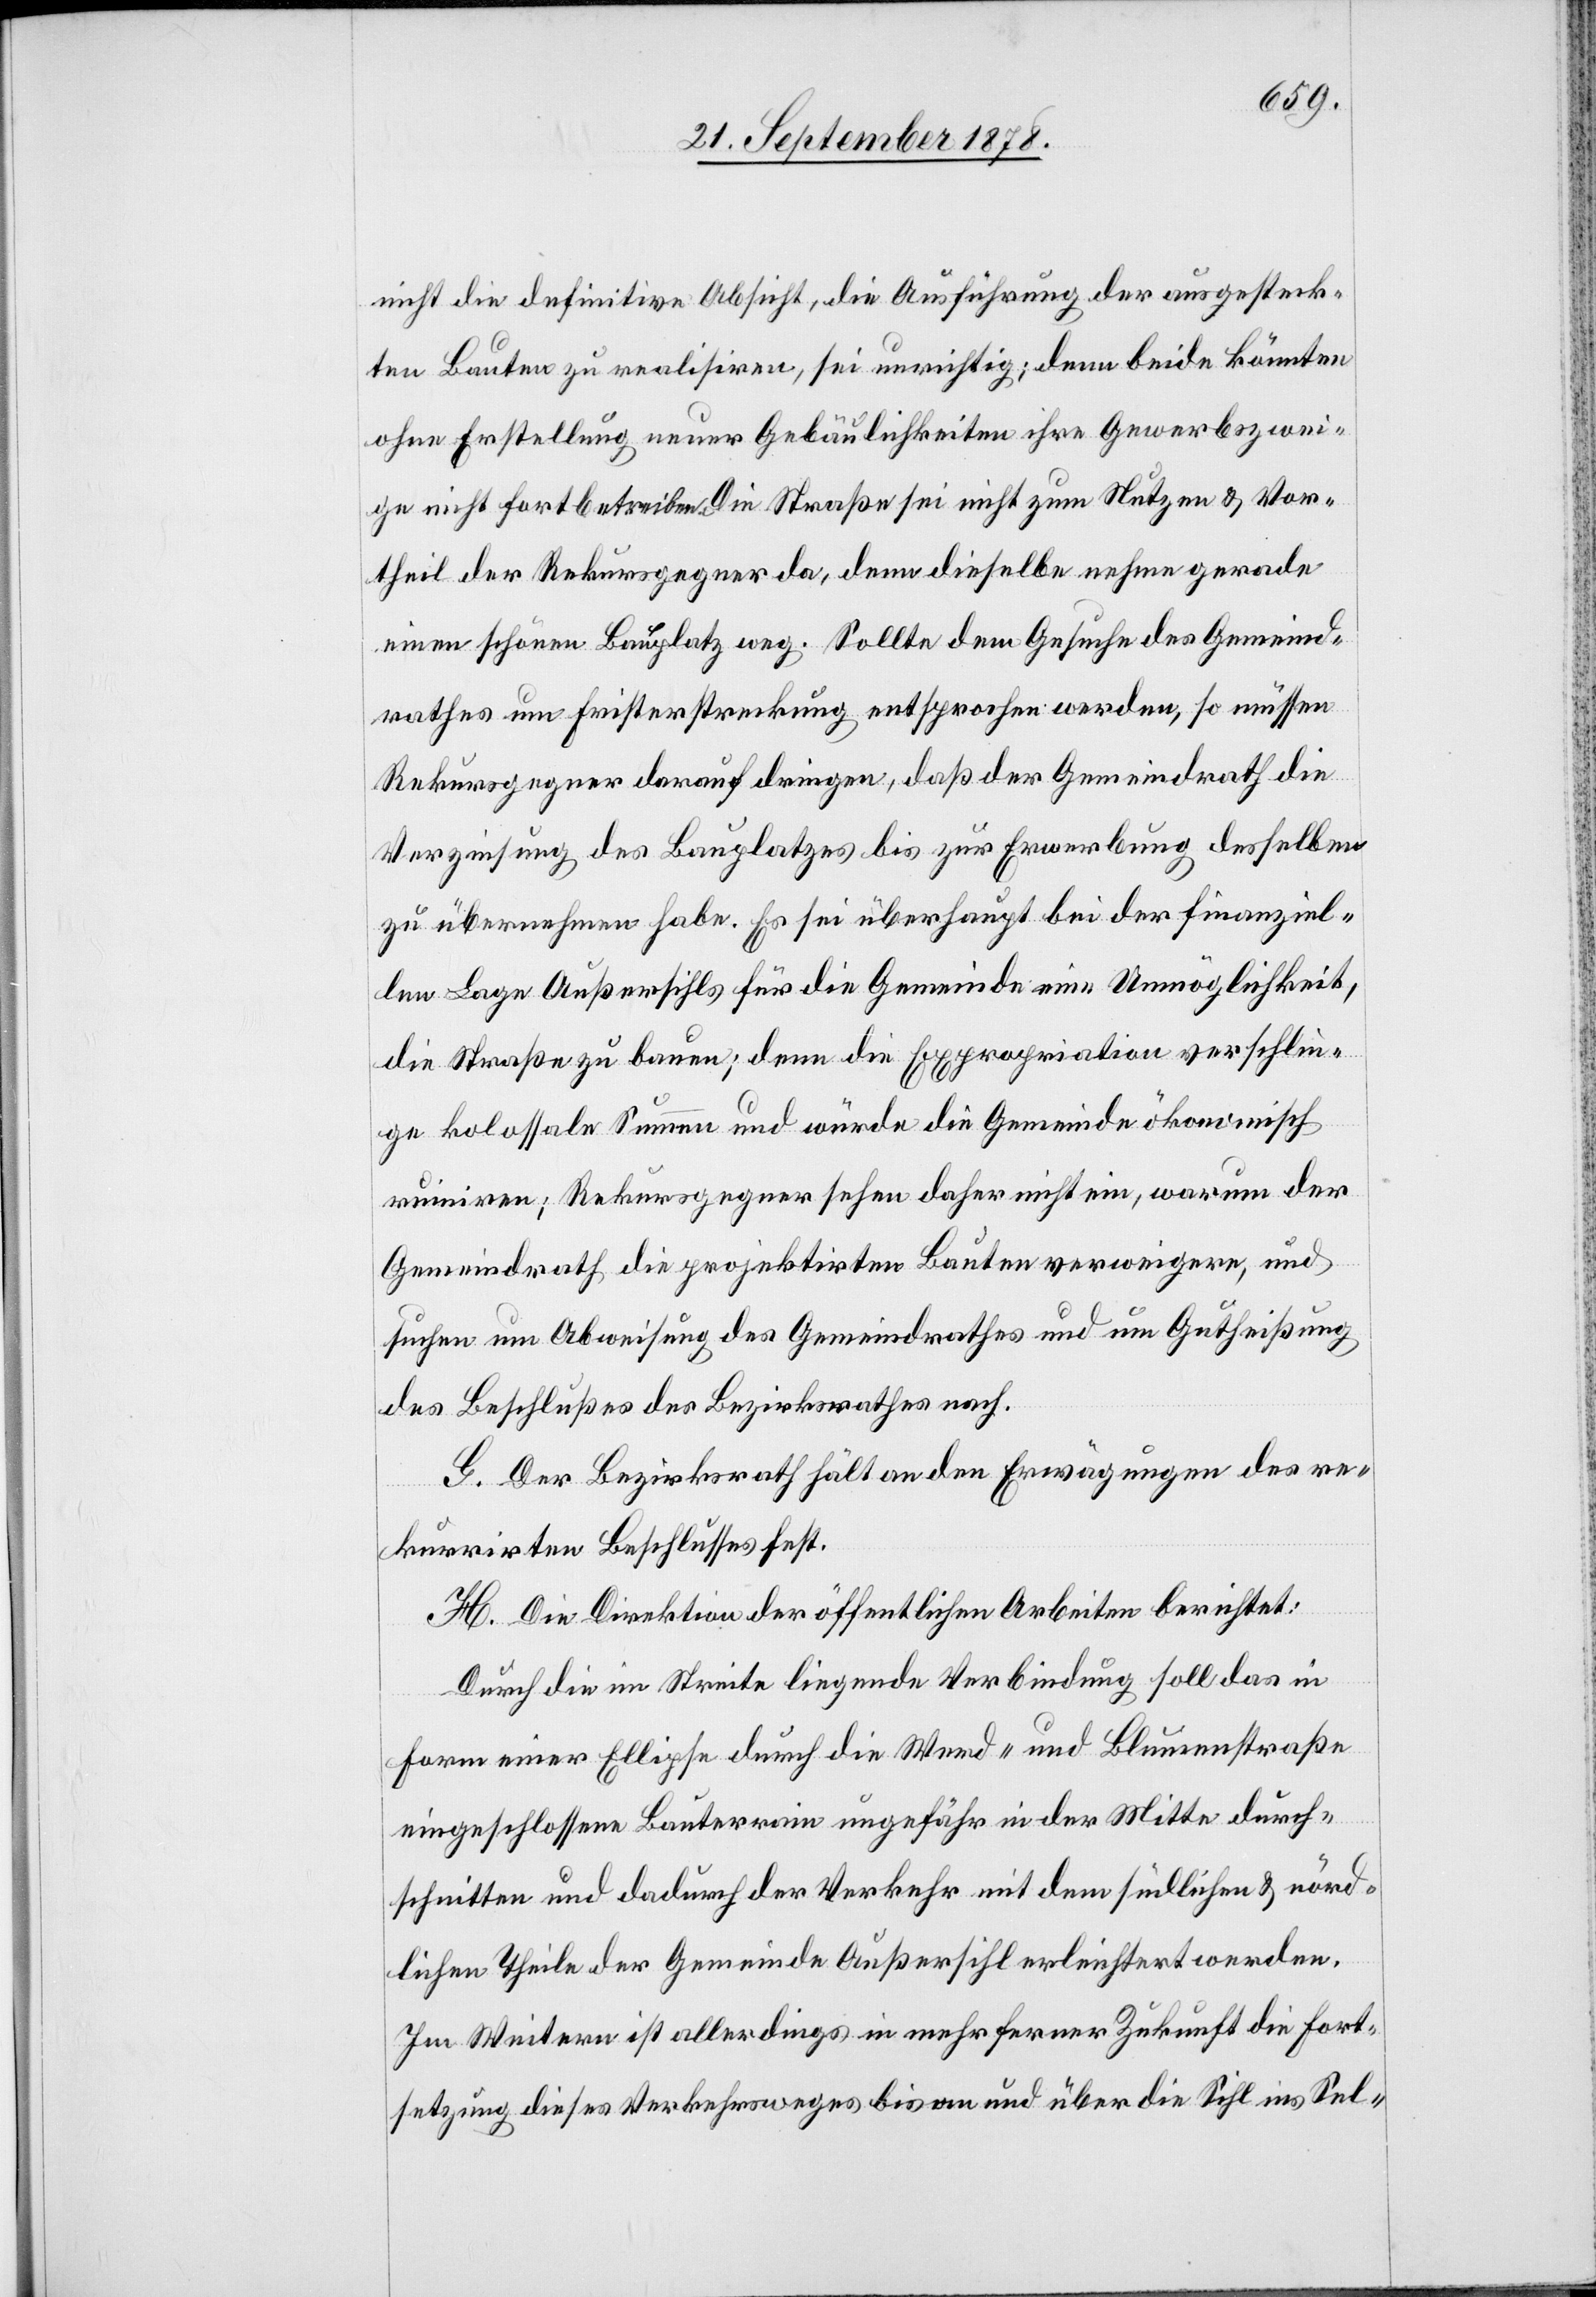
nicht die definitive Absicht, die Ausführung der ausgesteck¬
ten Bauten zu realisiren, sei unrichtig, denn beide könnten
ohne Erstellung neuer Gebäulichkeiten ihre Gewerbszwei¬
ge nicht fortbetreiben. Die Straße sei nicht zum Nutzen & Vor¬
theil der Rekursgegner da, denn dieselbe nehme gerade
einen schönen Bauplatz weg. Sollte dem Gesuche des Gemeind¬
rathes um Fristerstreckung entsprochen werden, so müssen
Rekursgegner darauf drängen, daß der Gemeindrath die
Verzinsung des Bauplatzes bis zur Erwerbung desselben
zu übernehmen habe. Es sei überhaupt bei der finanziel¬
len Lage Außersihls für die Gemeinde eine Unmöglichkeit,
die Straße zu bauen; denn die Expropriation verschlin¬
ge kolossale Summen und würde die Gemeinde ökonomisch
ruiniren; Rekursgegner sehen daher nicht ein, warum der
Gemeindrath die projektirten Bauten verweigere, und
suchen um Abweisung des Gemeindrathes und um Gutheißung
des Beschlusses des Bezirksrathes nach.
G. Der Bezirksrath hält an den Erwägungen des re¬
kurrirten Beschlusses fest.
H. Die Direktion der öffentlichen Arbeiten berichtet:
Durch die im Streite liegende Verbindung soll das in
Form einer Ellipse durch die Wend- und Blumenstraße
eingeschlossene Bauterrain ungefähr in der Mitte durch¬
schnitten und dadurch der Verkehr mit dem südlichen & nörd¬
lichen Theile der Gemeinde Außersihl erleichtert werden.
Im Weitern ist allerdings in nicht mehr ferner Zukunft die Fort¬
setzung dieses Verkehrsweges bis an und über die Sihl ins Sel-